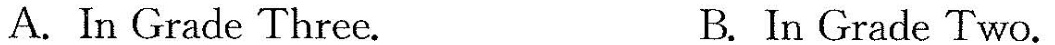
A. In Grade Three. B. In Grade Two.